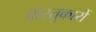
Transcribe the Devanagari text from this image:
वास्‍तुकारों